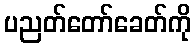
ပညတ်တော်ခေတ်ကို